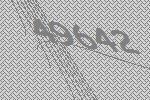
49642